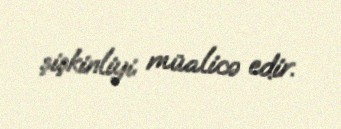
şişkinliyi müalicə edir.